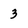
Character: 3